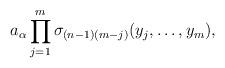
LaTeX: \begin{align*}a_{\alpha} \prod_{j=1}^m \sigma_{(n-1)(m-j)}(y_j, \ldots, y_m),\end{align*}